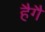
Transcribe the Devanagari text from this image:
हैगै